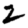
Digit: 2